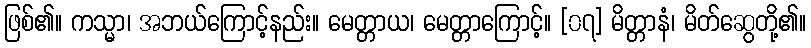
ဖြစ်၏။ ကသ္မာ၊ အဘယ်ကြောင့်နည်း။ မေတ္တာယ၊ မေတ္တာကြောင့်။ [၀၇] မိတ္တာနံ၊ မိတ်ဆွေတို့၏။